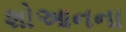
શોઆનના